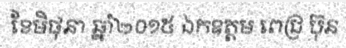
ខែមិថុនា ឆ្នាំ២០១៥ ឯកឧត្តម ពេជ្រ ប៊ុន